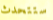
ستتحدث